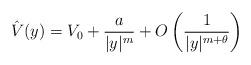
LaTeX: \begin{align*} \hat{V}(y) = V_0+ \frac{a}{|y|^m} + O\left(\frac{1}{|y|^{m+\theta}}\right) \end{align*}